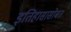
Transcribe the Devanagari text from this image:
इतिहासासोबत